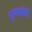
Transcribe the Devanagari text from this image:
मुग्धभ्रांती